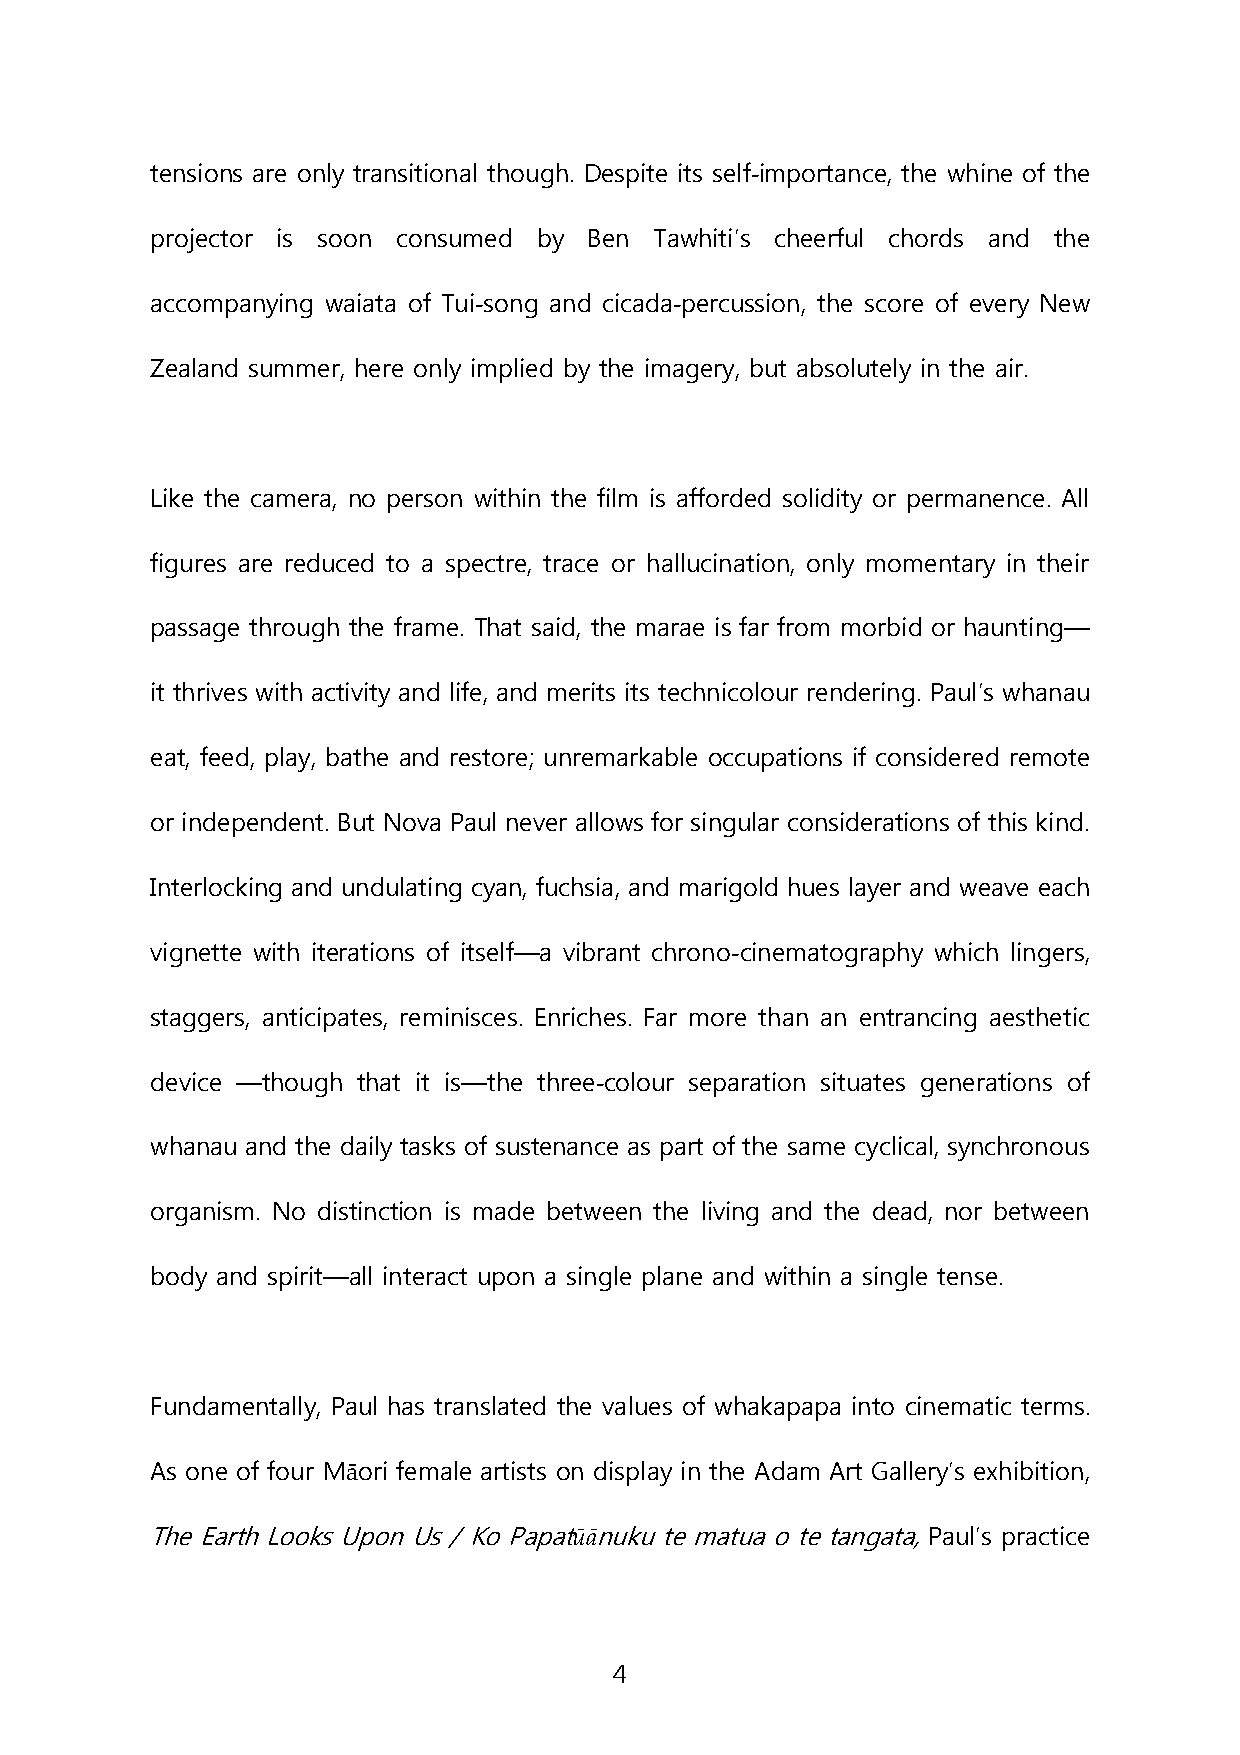
tensions are only transitional though. Despite its self-importance, the whine of the
 projector is soon consumed by Ben Tawhiti’s cheerful chords and the
 accompanying waiata of Tui-song and cicada-percussion, the score of every New
 Zealand summer, here only implied by the imagery, but absolutely in the air.
 Like the camera, no person within the film is afforded solidity or permanence. All
 figures are reduced to a spectre, trace or hallucination, only momentary in their
 passage through the frame. That said, the marae is far from morbid or haunting—
 it thrives with activity and life, and merits its technicolour rendering. Paul’s whanau
 eat, feed, play, bathe and restore; unremarkable occupations if considered remote
 or independent. But Nova Paul never allows for singular considerations of this kind.
 Interlocking and undulating cyan, fuchsia, and marigold hues layer and weave each
 vignette with iterations of itself—a vibrant chrono-cinematography which lingers,
 staggers, anticipates, reminisces. Enriches. Far more than an entrancing aesthetic
 device —though that it is—the three-colour separation situates generations of
 whanau and the daily tasks of sustenance as part of the same cyclical, synchronous
 organism. No distinction is made between the living and the dead, nor between
 body and spirit—all interact upon a single plane and within a single tense.
 Fundamentally, Paul has translated the values of whakapapa into cinematic terms.
 As one of four Māori female artists on display in the Adam Art Gallery’s exhibition,
 The Earth Looks Upon Us / Ko Papatūānuku te matua o te tangata, Paul’s practice
 4